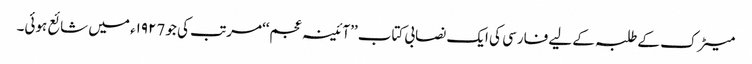
میٹرک کے طلبہ کے لیے فارسی کی ایک نصابی کتاب ’’آئینہ عجم‘‘مرتب کی جو ١٩٢7ء میں شائع ہوئی۔